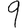
Digit: 9